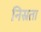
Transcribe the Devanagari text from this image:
निस्रता